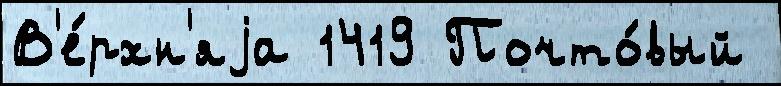
В'е́рхн'яjа 1419 Почто́вый